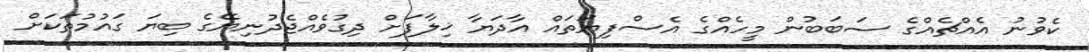
ކެވުނު އެއްޗެއްގެ ސަބަބުން މީހެއްގެ އެސްފިޔަތައް އާދަޔާ ޚިލާފަށް ދިގުވެއްޖެދުނިޔޭގެ ބިޔަ ގައުމުތަކަށް